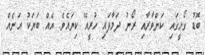
ބޮޑު ގޯޅީގައި ކަންވާރާއި ރޯނު ދަމާފައި ހުރީއޭ ކިޔައެވެ. އެއް ބަޔަކު އަނެއް